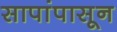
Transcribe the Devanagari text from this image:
सापांपासून